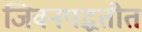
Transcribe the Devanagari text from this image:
जिवनपद्धतीत